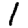
Digit: 1